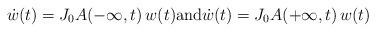
LaTeX: \begin{align*}\dot{w}(t) = J_0 A(-\infty,t) \,w(t) \mbox{and} \dot{w}(t) = J_0 A(+\infty,t) \,w(t)\end{align*}